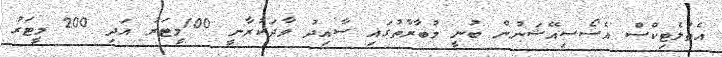
އެތުލެޓިކްސް އެސޯސިއޭޝަނުން ބުނީ މުބާރާތުގައި ސާއިދު ވާދަކުރާނީ 100މީޓަރު އަދި 200 މީޓަރު